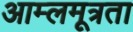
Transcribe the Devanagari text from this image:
आम्लमूत्रता